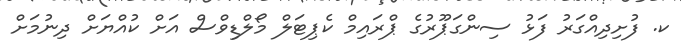
ކ. ފުށިދިއްގަރު ފަޅު ސިންގަޕޫރުގެ ޕްރައިމް ކެޕިޓަލް މޯލްޑިވްސް އަށް ކުއްޔަށް ދިނުމަށް